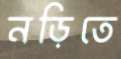
নড়িতে